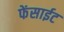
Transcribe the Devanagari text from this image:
फेंसाईट